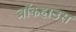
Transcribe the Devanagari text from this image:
ब्रॉकहाउस